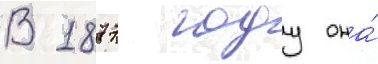
В 1877 году она́